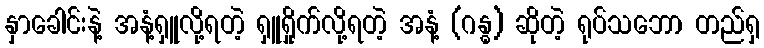
နှာခေါင်းနဲ့ အနံ့ရှူလို့ရတဲ့ ရှူရှိုက်လို့ရတဲ့ အနံ့ (ဂန္ဓ) ဆိုတဲ့ ရုပ်သဘော တည်ရှ